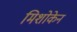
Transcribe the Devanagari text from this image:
मिशोकेन